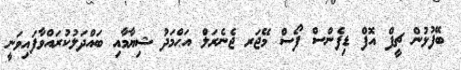
ބޭފުޅުން ޗީފް އޮފް ޑިފެންސް ފޯސް މޭޖަރ ޖެނެރަލް އަޙްމަދު ޝިޔާމާއި ބައްދަލުކުރައްވާފައިވަނީ